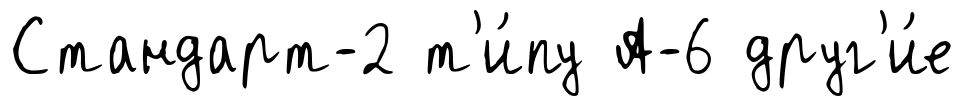
Стандарт-2 т'и́пу А-6 друг'и́е